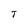
Character: T